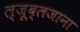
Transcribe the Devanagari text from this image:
ल्जूब्लजाना